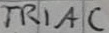
Text: TRIAC